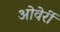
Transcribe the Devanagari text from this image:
ओवेर्री